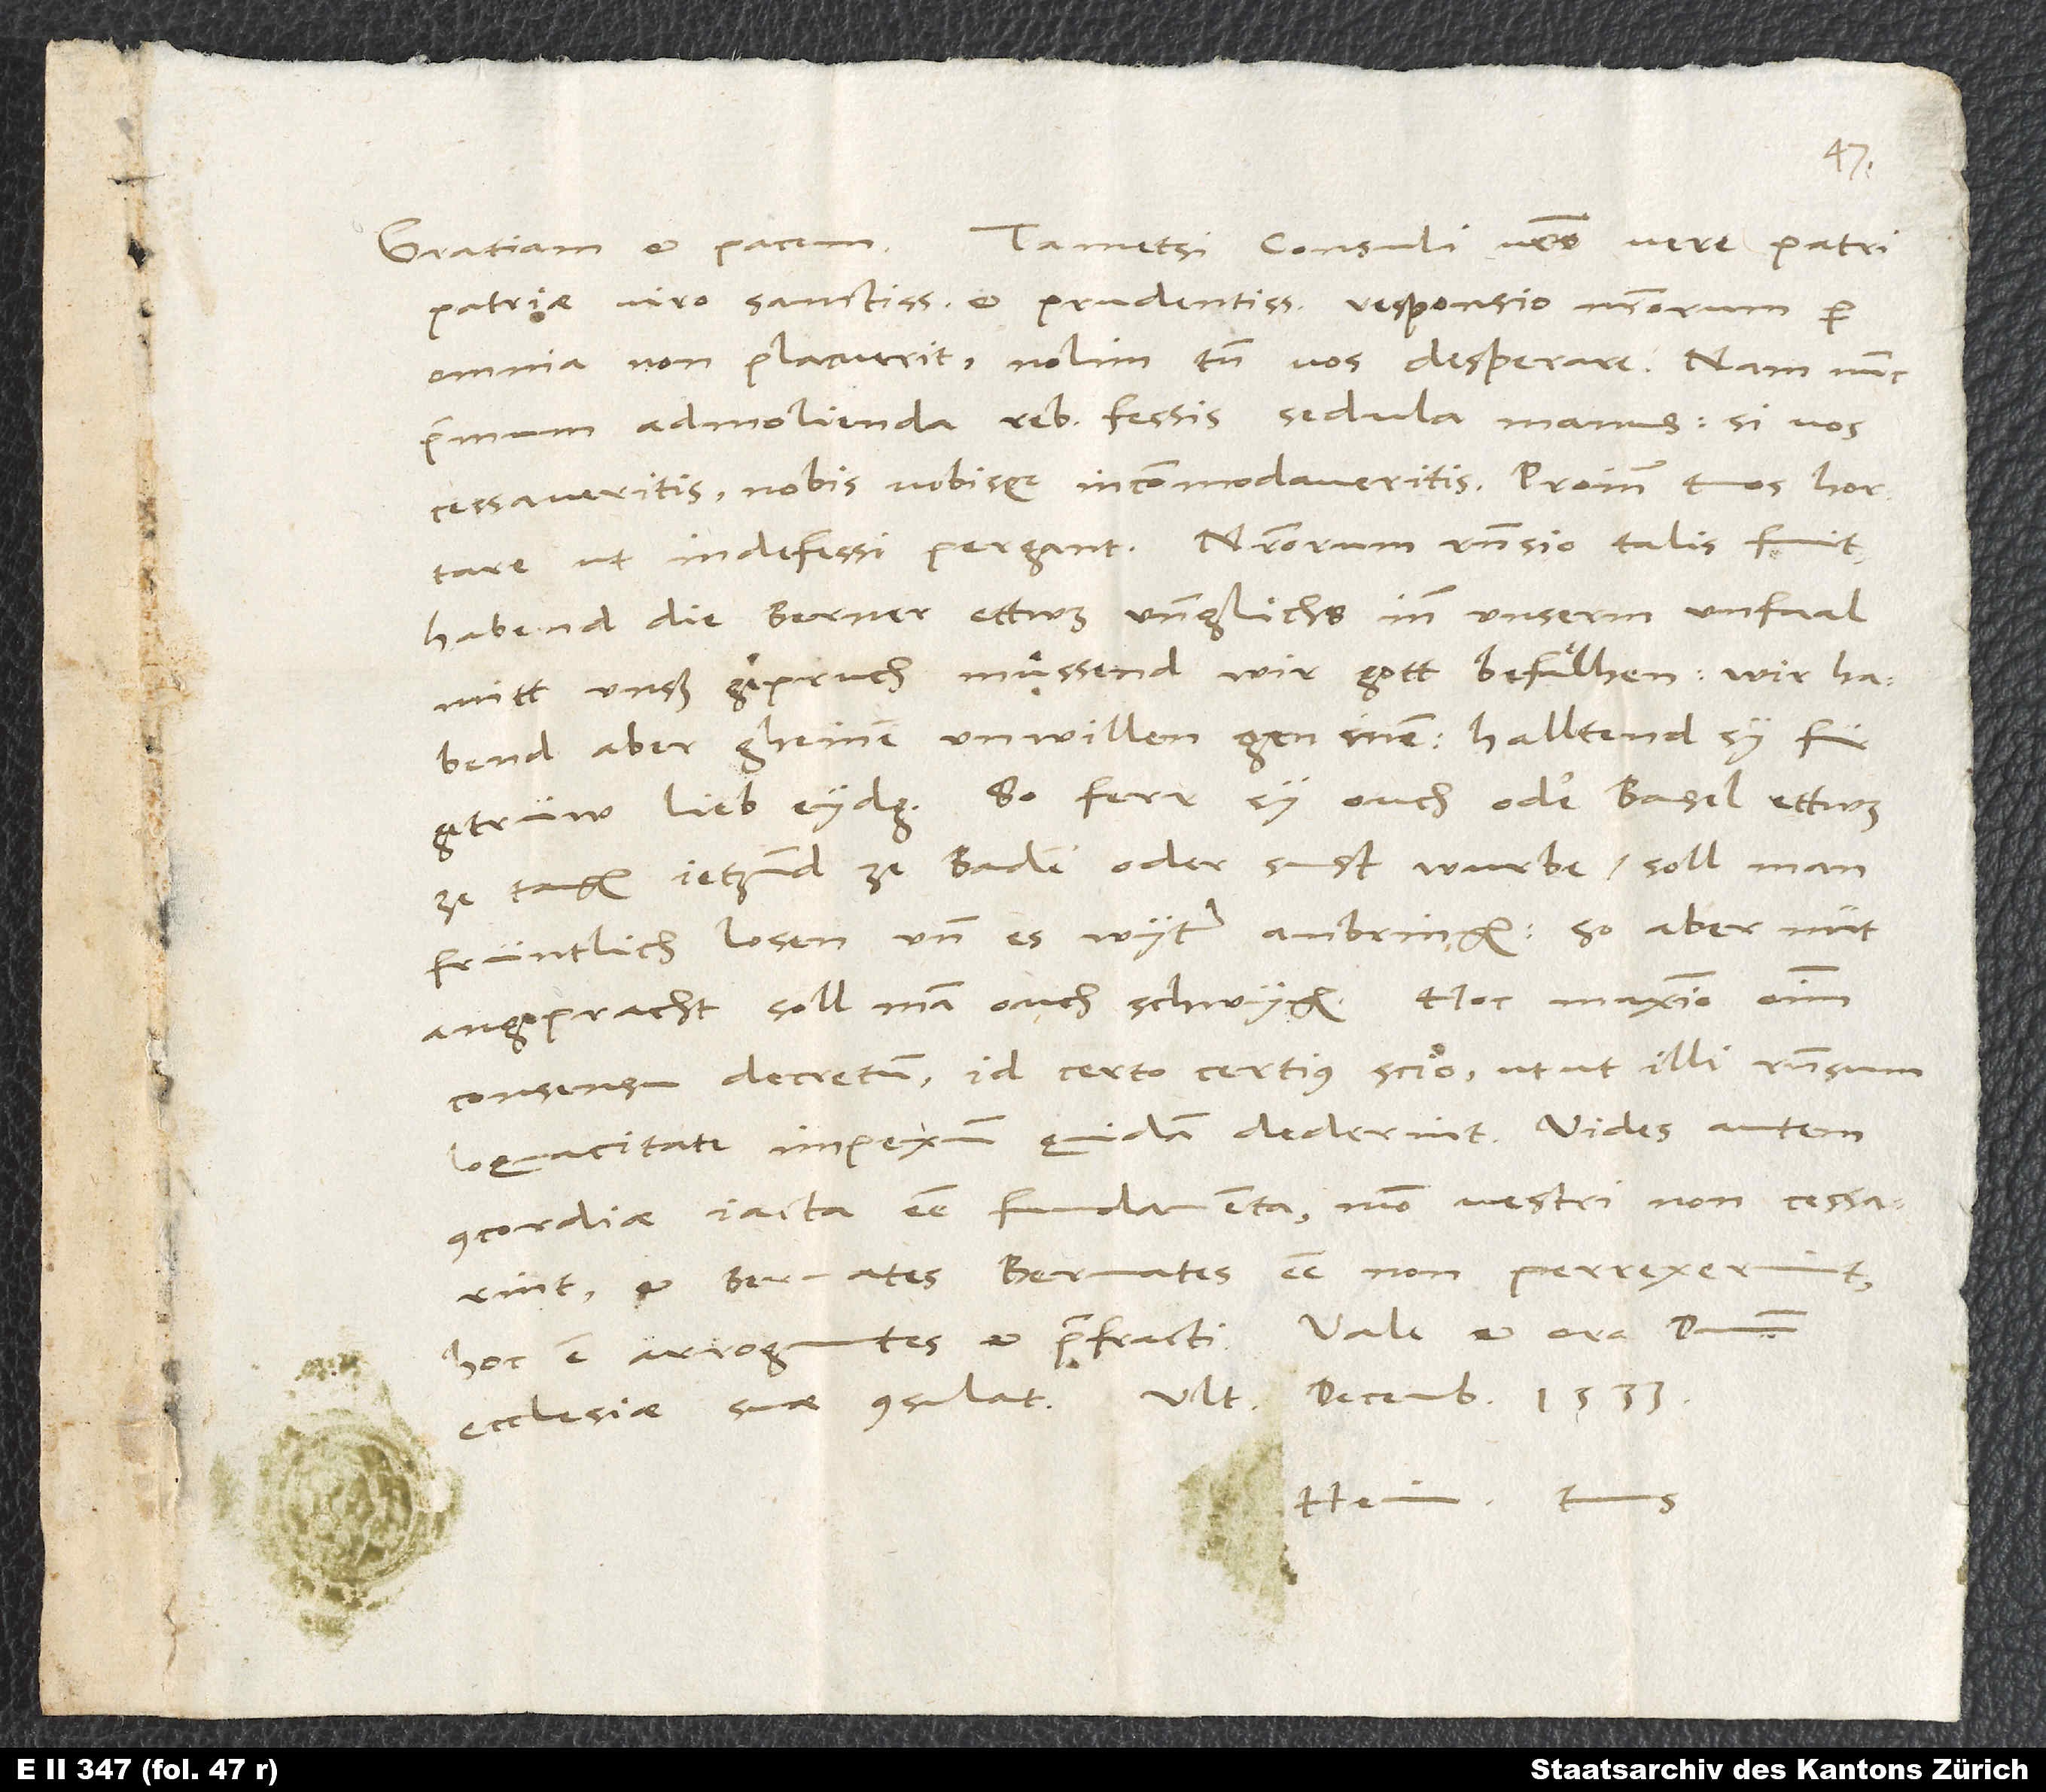
patriae, viro sanctissimo et prudentissimo, responsio nostrorum per
omnia non placuerit, nolim tamen vos desperare. Nam nunc
primum admolienda rebus fessis sedula manus. Si vos
cessaveritis, nobis vobisque incommodaveritis. Proinde tuos hortare,
ut indefessi pergant. Nostrorum responsio talis fuit:
«Habend die Berner ettwas unnglichs inn unserm unfaal
mitt unß geprucht, muͤssend wir gott befälhen. Wir habend
aber gheinen unwillen gen inen, halltend sy für
getrüw lieb eydgnossen. So ferr sy ouch, oder Basel, ettwas
ze tagen jetzund ze Baden oder sust wurbe, soll man
früntlich losen und es wyter anbringen. So aber nüt
angepracht, soll man ouch schwygen.» Hoc maximo omnium
consensu decretum - id certo certius scio -, ut ut illi responsum
loquacitate impexum quidam dederint. Vides autem
concordiae iacta esse fundamenta, modo vestri non cessarint
et Bernates Bernates esse non perrexerint,
Hein. tuus.